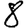
Digit: 8